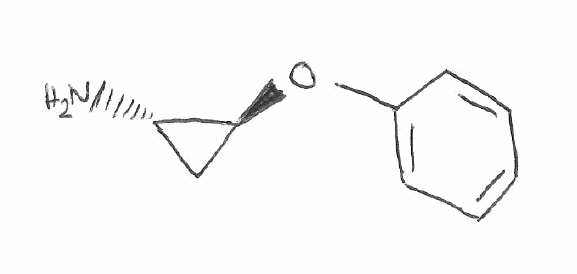
Simplified molecular-input line-entry system (SMILES) notation of the given molecule:
C1[C@@H]([C@H]1OC2=CC=CC=C2)N